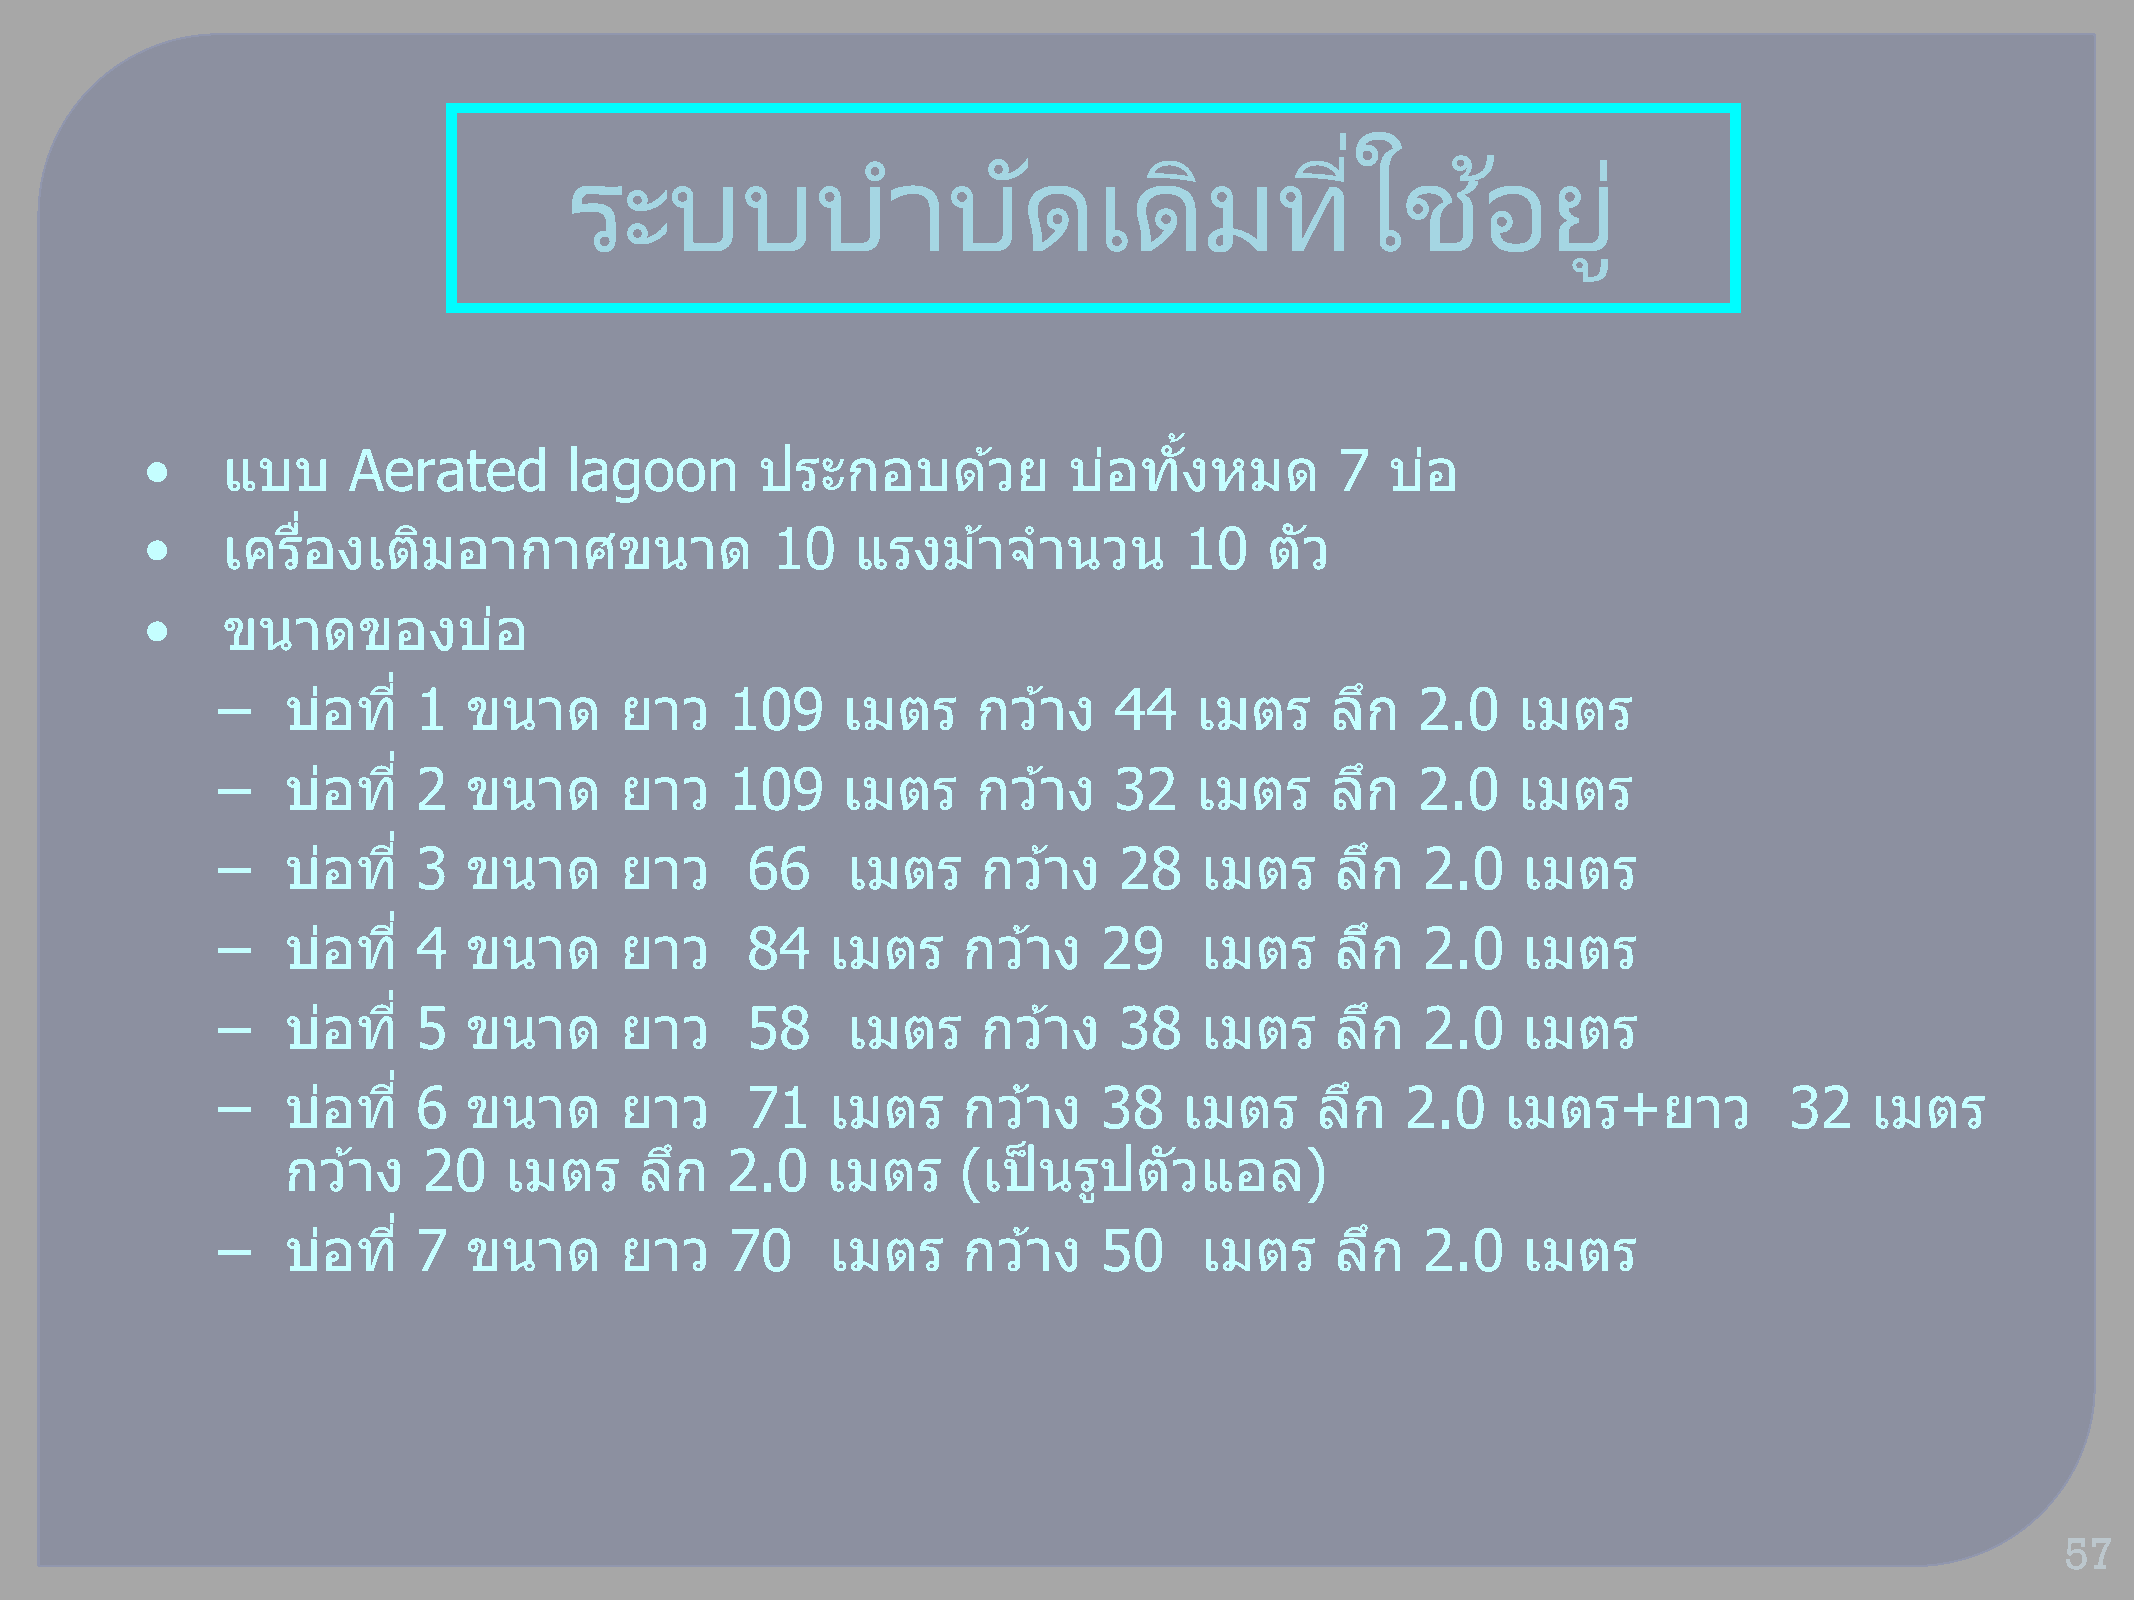
่
 ระบบบ                าบดั          เดมิ        ทใี     ชอ้       ยู่
 •    แบบ     Aerated        lagoon      ประกอบดว้        ย   บอ่ ทัง้ หมด      7  บอ่
 •    เครอื่ งเตมิ   อากาศขนาด            10    แรงมา้    จ านวน     10    ตวั
 •    ขนาดของบอ่
 –    บอ่  ที่ 1  ขนาด      ยาว    109     เมตร     กวา้  ง  44   เมตร     ลกึ   2.0   เมตร
 –    บอ่  ที่ 2  ขนาด      ยาว    109     เมตร     กวา้  ง  32   เมตร     ลกึ   2.0   เมตร
 –    บอ่  ที่ 3  ขนาด      ยาว     66     เมตร     กวา้  ง  28   เมตร     ลกึ   2.0    เมตร
 –    บอ่  ที่ 4  ขนาด      ยาว     84    เมตร     กวา้  ง  29    เมตร     ลกึ   2.0    เมตร
 –    บอ่  ที่ 5  ขนาด      ยาว     58     เมตร     กวา้  ง  38   เมตร     ลกึ   2.0    เมตร
 –    บอ่  ที่ 6  ขนาด      ยาว     71    เมตร     กวา้  ง  38   เมตร     ลกึ   2.0    เมตร+ยาว          32    เมตร
 กวา้  ง  20   เมตร     ลกึ   2.0    เมตร     (เป็ นรปู  ตวั แอล)
 –    บอ่  ที่ 7  ขนาด      ยาว    70     เมตร     กวา้  ง  50    เมตร     ลกึ   2.0    เมตร
 57